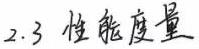
2.3 性能度量